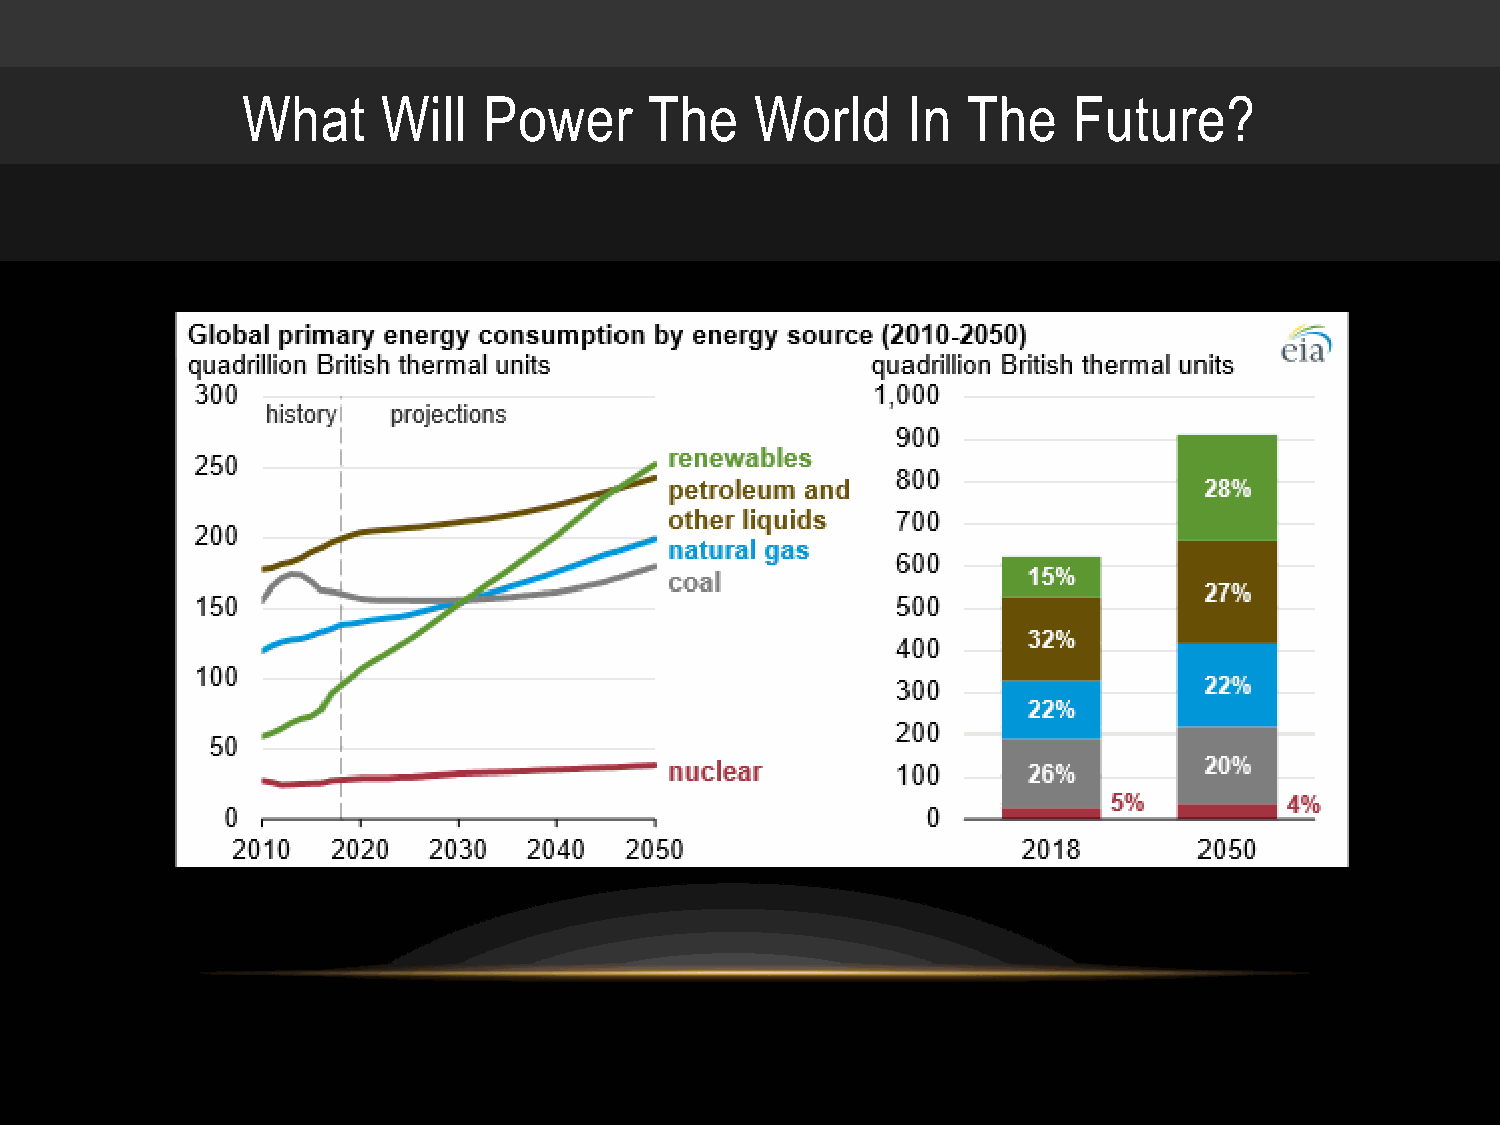
What     Will   Power      The    World     In  The    Future?